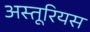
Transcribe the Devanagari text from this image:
अस्तूरियस